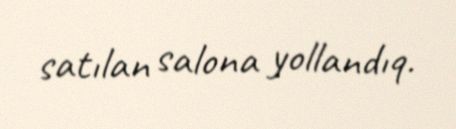
satılan salona yollandıq.